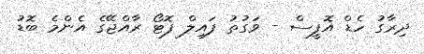
ދިރާގު ހެޑް އޮފީސް - ވަގުތު ފައިލް ފޮޓޯ ރާއްޖޭގެ އެންމެ ބޮޑު